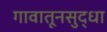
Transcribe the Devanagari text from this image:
गावातूनसुद्धा